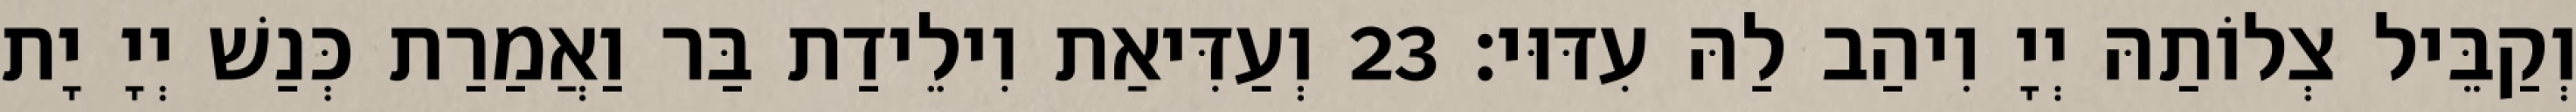
וְקַבֵּיל צְלוֹתַהּ יְיָ וִיהַב לַהּ עִדּוּי׃ 23 וְעַדִּיאַת וִילֵידַת בַּר וַאֲמַרַת כְּנַשׁ יְיָ יָת